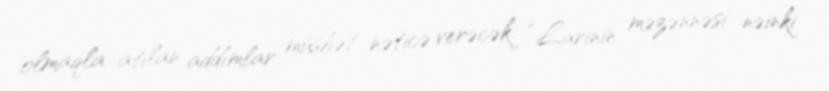
olmaqla atılan addımlar müsbət nəticə verəcək: “Larinin məzənnəsi nəinki